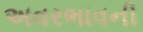
અવરભાવની